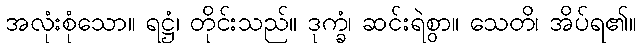
အလုံးစုံသော။ ရဋ္ဌံ၊ တိုင်းသည်။ ဒုက္ခံ၊ ဆင်းရဲစွာ။ သေတိ၊ အိပ်ရ၏။